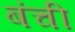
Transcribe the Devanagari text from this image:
बंची